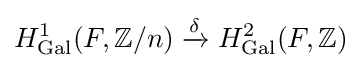
H_{\text{Gal}}^{1}(F,\mathbb {Z} /n)\xrightarrow {\delta } H_{\text{Gal}}^{2}(F,\mathbb {Z} )